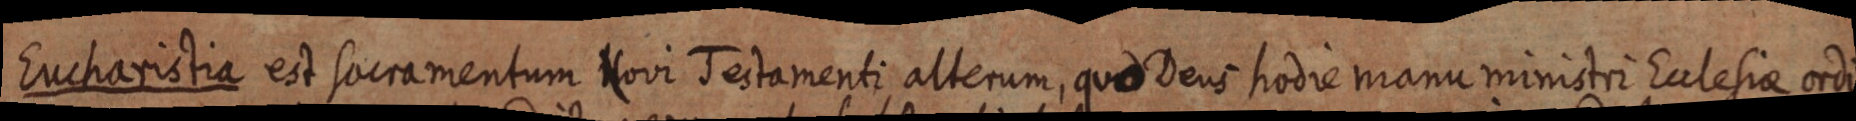
Eucharistia est sacramentum Hovi Testamenti alterum, qua Deus hodie manu ministri Ealesiae ordi